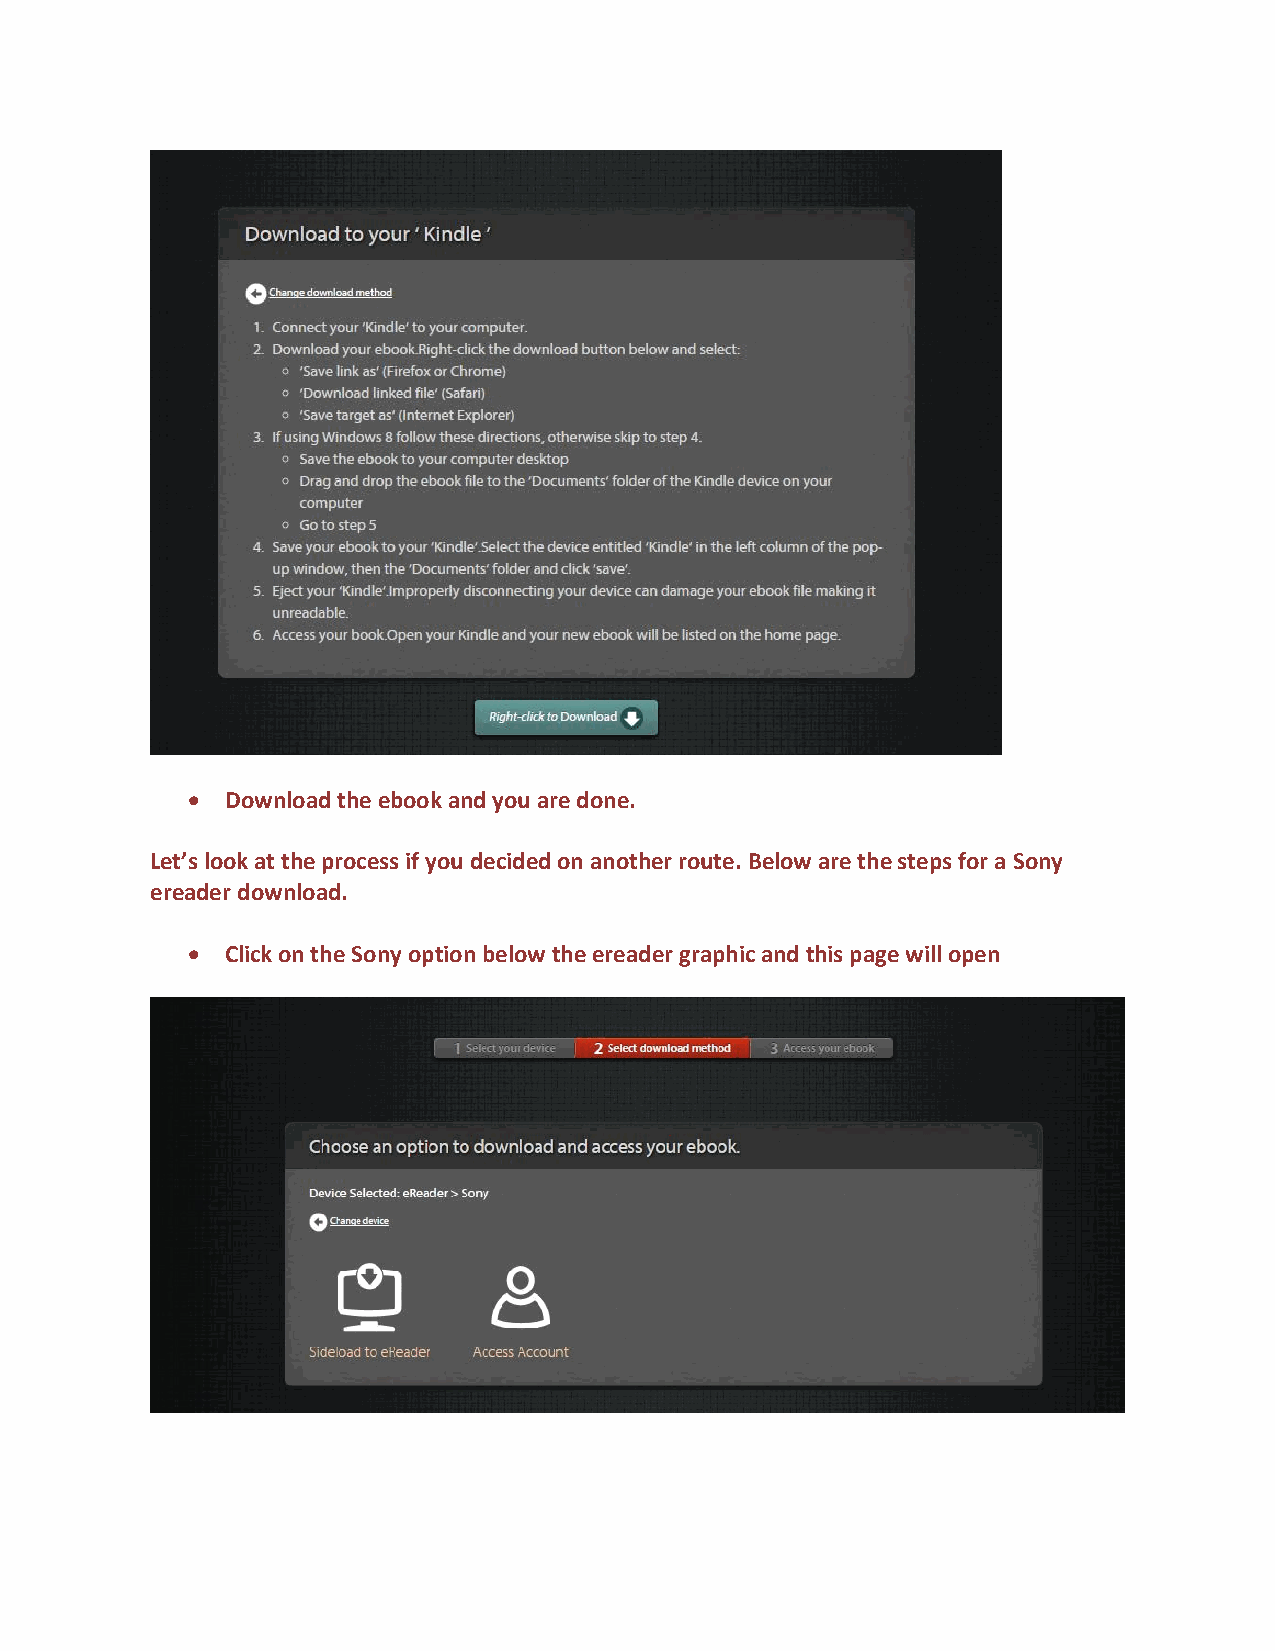
  Download the ebook and you are done.
 Let’s look at the process if you decided on another route. Below are the steps for a Sony
 ereader download.
   Click on the Sony option below the ereader graphic and this page will open